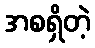
အစရှိတဲ့